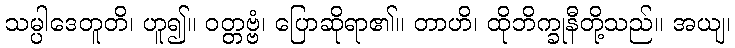
သမ္ပါဒေတူတိ၊ ဟူ၍။ ဝတ္တဗ္ဗံ၊ ပြောဆိုရာ၏။ တာဟိ၊ ထိုဘိက္ခုနီတို့သည်။ အယျ၊